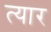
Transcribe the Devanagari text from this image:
त्यार